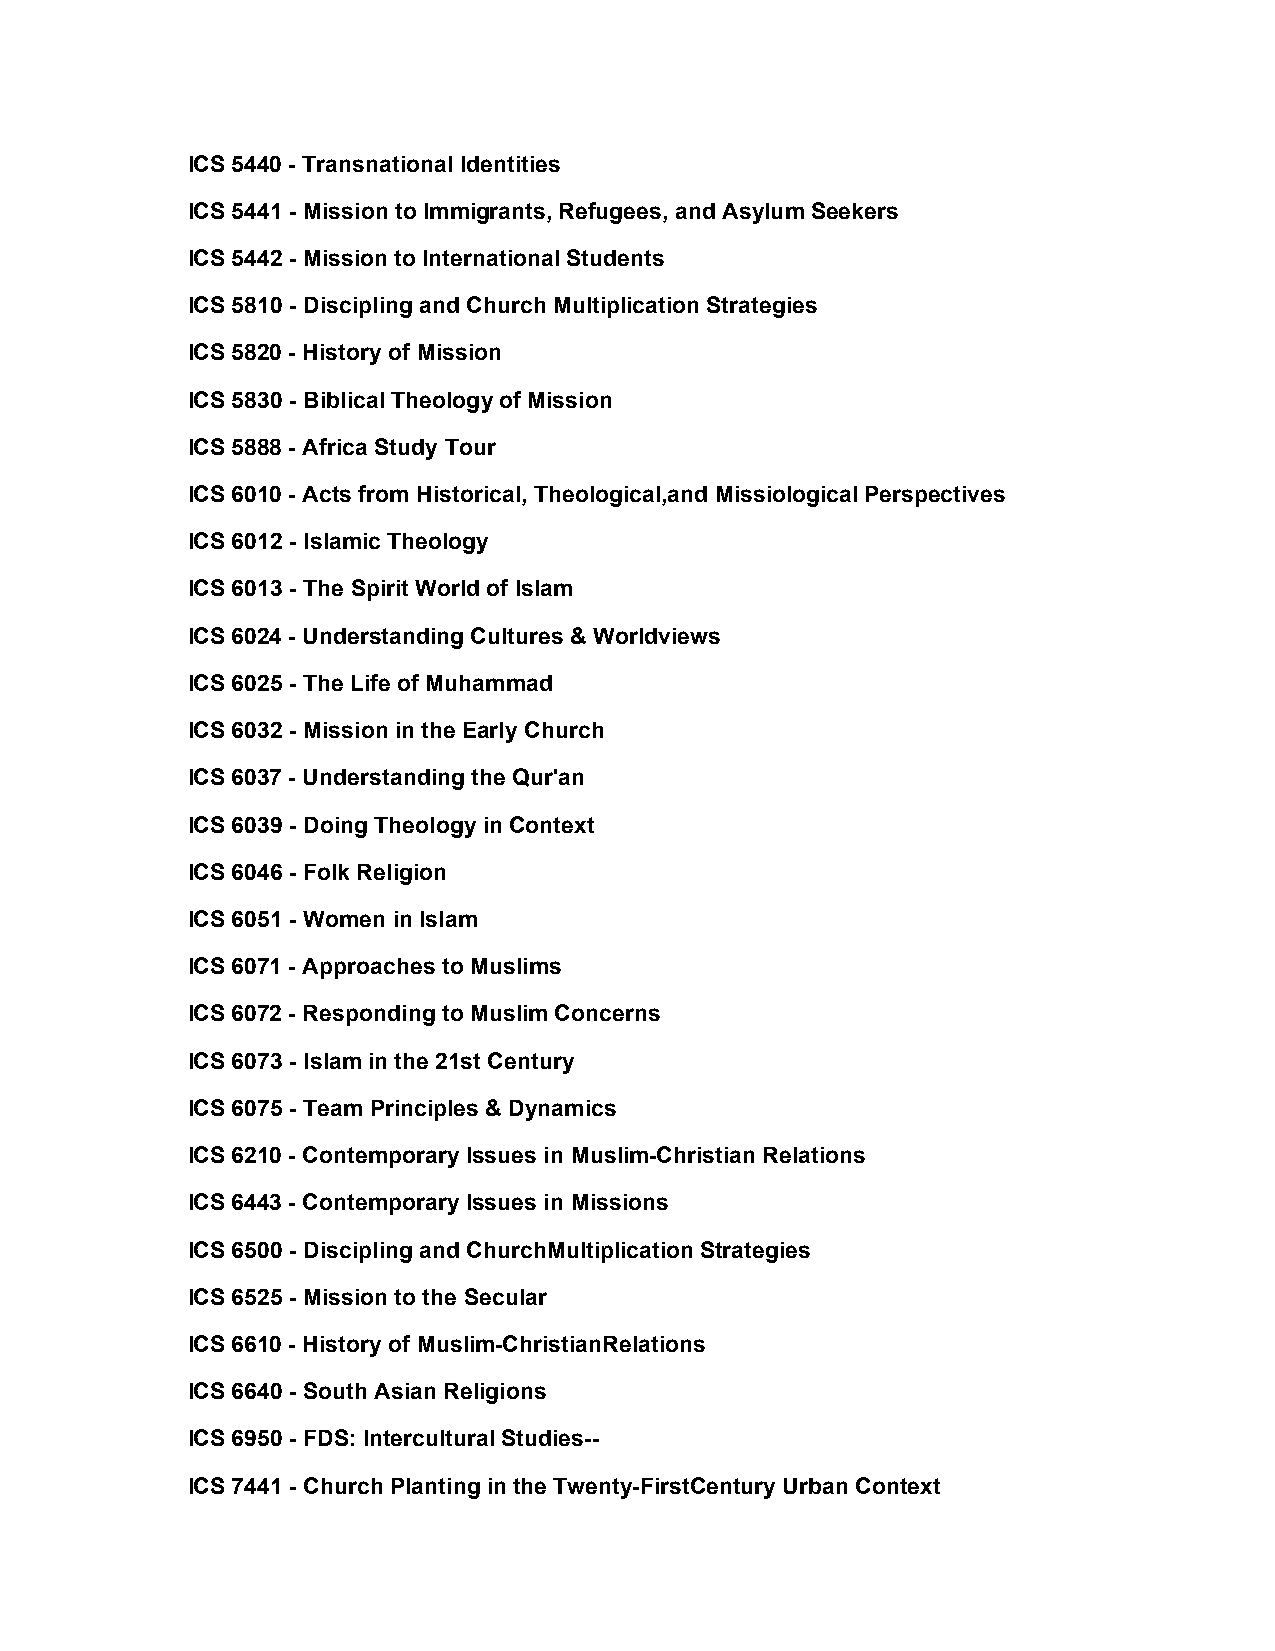
ICS 5440 - Transnational Identities
 ICS 5441 - Mission to Immigrants, Refugees, and Asylum Seekers
 ICS 5442 - Mission to International Students
 ICS 5810 - Discipling and Church Multiplication Strategies
 ICS 5820 - History of Mission
 ICS 5830 - Biblical Theology of Mission
 ICS 5888 - Africa Study Tour
 ICS 6010 - Acts from Historical, Theological,and Missiological Perspectives
 ICS 6012 - Islamic Theology
 ICS 6013 - The Spirit World of Islam
 ICS 6024 - Understanding Cultures & Worldviews
 ICS 6025 - The Life of Muhammad
 ICS 6032 - Mission in the Early Church
 ICS 6037 - Understanding the Qur'an
 ICS 6039 - Doing Theology in Context
 ICS 6046 - Folk Religion
 ICS 6051 - Women in Islam
 ICS 6071 - Approaches to Muslims
 ICS 6072 - Responding to Muslim Concerns
 ICS 6073 - Islam in the 21st Century
 ICS 6075 - Team Principles & Dynamics
 ICS 6210 - Contemporary Issues in Muslim-Christian Relations
 ICS 6443 - Contemporary Issues in Missions
 ICS 6500 - Discipling and ChurchMultiplication Strategies
 ICS 6525 - Mission to the Secular
 ICS 6610 - History of Muslim-ChristianRelations
 ICS 6640 - South Asian Religions
 ICS 6950 - FDS: Intercultural Studies--
 ICS 7441 - Church Planting in the Twenty-FirstCentury Urban Context